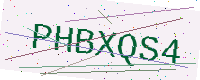
Text: PHBXQS4